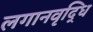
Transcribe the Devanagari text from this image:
लगानवृद्धि